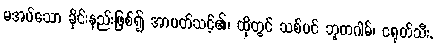
မအပ်သော ခိုင်းနည်းဖြစ်၍ အာပတ်သင့်၏၊ ထိုတွင် သစ်ပင် ဘူတဂါမ်၊ ငရုတ်သီး,